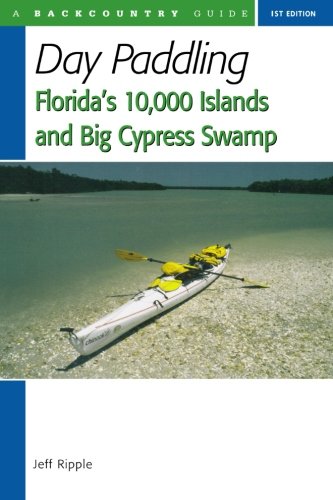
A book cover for Day Paddling Florida's 10,000 Islands and Big Cypress Swamp; Jeff Ripple; Travel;